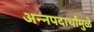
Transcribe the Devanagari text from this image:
अन्नपदार्थांमुळे